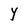
Character: Y